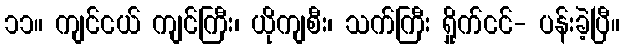
၁၁။ ကျင်ငယ် ကျင်ကြီး၊ ယိုကျစီး၊ သက်ကြီး ရှိုက်ငင်- ပန်းခဲ့ပြီ။